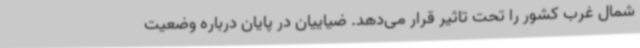
شمال غرب کشور را تحت تاثیر قرار می‌دهد. ضیاییان در پایان درباره وضعیت